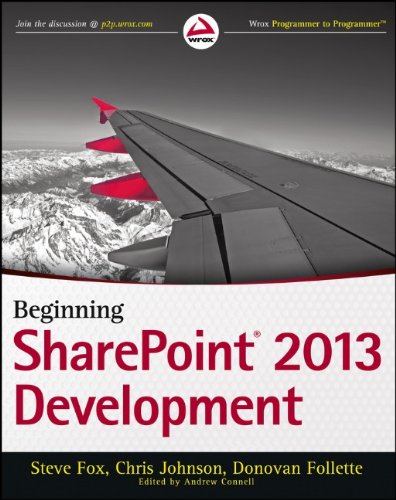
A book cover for Beginning SharePoint 2013 Development; Steve Fox; Computers & Technology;